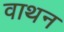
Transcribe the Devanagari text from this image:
वाथन